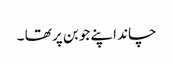
چاند اپنے جوبن پر تھا ۔